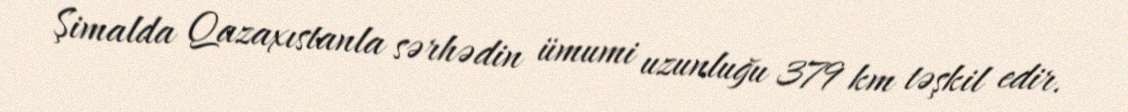
Şimalda Qazaxıstanla sərhədin ümumi uzunluğu 379 km təşkil edir.